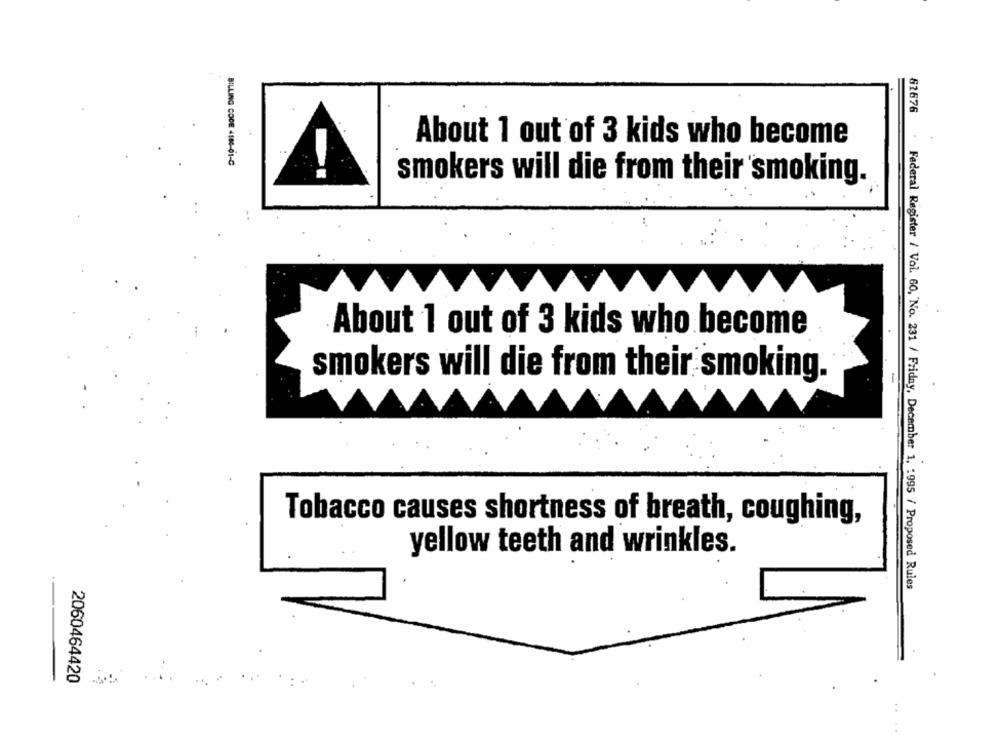
62676
About 1 out of 3 kids who become
. .
BILLING CODE 4100-01-0
smokers will die from their smoking.
About 1 out of 3 kids who become
smokers will die from their smoking.
Tobacco causes shortness of breath, coughing,
yellow teeth and wrinkles.
. Federal Register / Vol. 60, No. 231 / Friday, December 1, 1995 / Proposed Rules
2060464420